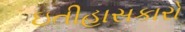
ઇતીહાસકારો